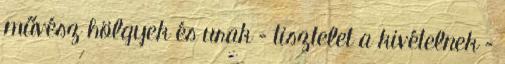
művész hölgyek és urak – tisztelet a kivételnek –